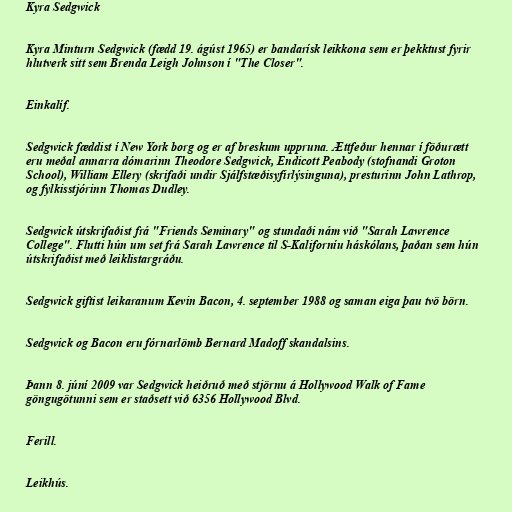
Kyra Sedgwick

Kyra Minturn Sedgwick (fædd 19. ágúst 1965) er bandarísk leikkona sem er þekktust fyrir
hlutverk sitt sem Brenda Leigh Johnson í "The Closer".

Einkalíf.

Sedgwick fæddist í New York borg og er af breskum uppruna. Ættfeður hennar í föðurætt
eru meðal annarra dómarinn Theodore Sedgwick, Endicott Peabody (stofnandi Groton
School), William Ellery (skrifaði undir Sjálfstæðisyfirlýsinguna), presturinn John Lathrop,
og fylkisstjórinn Thomas Dudley.

Sedgwick útskrifaðist frá "Friends Seminary" og stundaði nám við "Sarah Lawrence
College". Flutti hún um set frá Sarah Lawrence til S-Kaliforníu háskólans, þaðan sem hún
útskrifaðist með leiklistargráðu.

Sedgwick giftist leikaranum Kevin Bacon, 4. september 1988 og saman eiga þau tvö börn.

Sedgwick og Bacon eru fórnarlömb Bernard Madoff skandalsins.

Þann 8. júní 2009 var Sedgwick heiðruð með stjörnu á Hollywood Walk of Fame
göngugötunni sem er staðsett við 6356 Hollywood Blvd.

Ferill.

Leikhús.